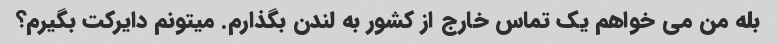
بله من می خواهم یک تماس خارج از کشور به لندن بگذارم. میتونم دایرکت بگیرم؟